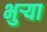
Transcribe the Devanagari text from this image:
भुर्‍या